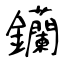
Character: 钄